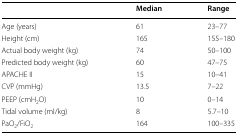
|  | Median | Range |
 | --- | --- | --- |
 | Age (years) | 61 | 23–77 |
 | Height (cm) | 165 | 155–180 |
 | Actual body weight (kg) | 74 | 50–100 |
 | Predicted body weight (kg) | 60 | 47–75 |
 | APACHE II | 15 | 10–41 |
 | CVP (mmHg) | 13.5 | 7–22 |
 | PEEP (cmH2O) | 10 | 0–14 |
 | Tidal volume (ml/kg) | 8 | 5.7–10 |
 | PaO2/FiO2 | 164 | 100–335 |